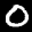
Label: 0